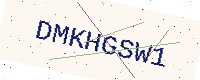
Text: DMKHGSW1